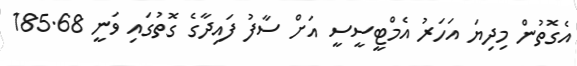
އެގޮތުން މިދިޔަ އަހަރު އެމްޓީސީސީ އަށް ސާފު ފައިދާގެ ގޮތުގައި ވަނީ 185.68